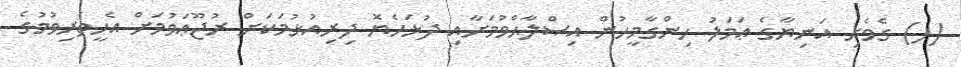
(ފ) ގެވެށި އަނިޔާގެ ޢަމަލު ހިންގާމީހުން އިޞްލާޙްވުމަށާއި ދުޅަހެޔޮ ދިރިއުޅުމަކަށް ރުޖޫޢަވުމަށް އެހީތެރިވުމުގެ